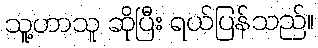
သူ့ဟာသူ ဆိုပြီး ရယ်ပြန်သည်။